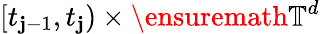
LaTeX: [t_{\mathbf{j}-1},t_{\mathbf{j}})\times\ensuremath{{\mathbb{{T}}}}^{d}